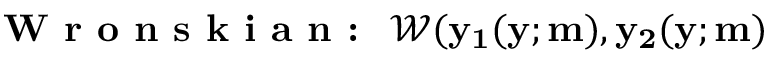
\textbf { W r o n s k i a n : } \mathbf { \; \mathscr { W } ( y _ { 1 } ( y ; m ) , y _ { 2 } ( y ; m ) }